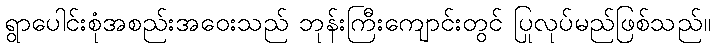
ရွာပေါင်းစုံအစည်းအဝေးသည် ဘုန်းကြီးကျောင်းတွင် ပြုလုပ်မည်ဖြစ်သည်။